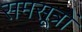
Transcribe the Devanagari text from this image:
समसूत्रों